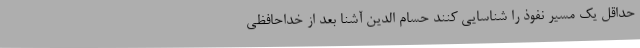
حداقل یک مسیر نفوذ را شناسایی کنند حسام الدین آشنا بعد از خداحافظی